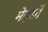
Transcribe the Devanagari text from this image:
मेइसाँ